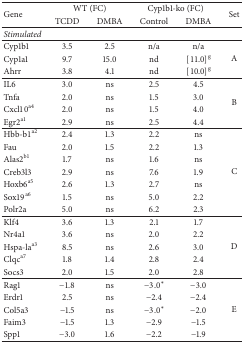
<table><thead><tr><td rowspan="2"><b>Gene</b></td><td colspan="2"><b>WT (FC)</b></td><td colspan="2"><b>Cyp1b1-ko (FC)</b></td><td rowspan="2"><b>Set</b></td></tr><tr><td><b>TCDD</b></td><td><b>DMBA</b></td><td><b>Control</b></td><td><b>DMBA</b></td></tr></thead><tbody><tr><td><i>Stimulated</i></td><td> </td><td> </td><td> </td><td> </td><td> </td></tr><tr><td>Cyp1b1</td><td>3.5</td><td>2.5</td><td>n/a</td><td>n/a</td><td rowspan="3">A</td></tr><tr><td>Cyp1a1</td><td>9.7</td><td>15.0</td><td>nd</td><td> [11.0]<sup>g</sup></td></tr><tr><td>Ahrr</td><td>3.8</td><td>4.1</td><td>nd</td><td> [10.0]<sup>g</sup></td></tr><tr><td>IL6</td><td>3.0</td><td>ns</td><td>2.5</td><td>4.5</td><td rowspan="4">B</td></tr><tr><td>Tnfa</td><td>2.0</td><td>ns</td><td>1.5</td><td>3.0</td></tr><tr><td>Cxcl10<sup>a4</sup></td><td>2.0</td><td>ns</td><td>1.5</td><td>4.0</td></tr><tr><td>Egr2<sup>a1</sup></td><td>2.9</td><td>ns</td><td>2.5</td><td>4.4</td></tr><tr><td>Hbb-b1<sup>a2</sup></td><td>2.4</td><td>1.3</td><td>2.2</td><td>ns</td><td rowspan="7">C</td></tr><tr><td>Fau</td><td>2.0</td><td>1.5</td><td>2.2</td><td>1.3</td></tr><tr><td>Alas2<sup>b1</sup></td><td>1.7</td><td>ns</td><td>1.6</td><td>ns</td></tr><tr><td>Creb3l3</td><td>2.9</td><td>ns</td><td>7.6</td><td>1.9</td></tr><tr><td>Hoxb6<sup>a5</sup></td><td>2.6</td><td>1.3</td><td>2.7</td><td>ns</td></tr><tr><td>Sox19<sup>a6</sup></td><td>1.5</td><td>ns</td><td>5.0</td><td>2.2</td></tr><tr><td>Polr2a</td><td>5.0</td><td>ns</td><td>6.2</td><td>2.3</td></tr><tr><td>Klf4</td><td>3.6</td><td>1.3</td><td>2.1</td><td>1.7</td><td rowspan="5">D</td></tr><tr><td>Nr4a1</td><td>3.6</td><td>ns</td><td>2.0</td><td>2.2</td></tr><tr><td>Hspa-la<sup>a3</sup></td><td>8.5</td><td>ns</td><td>2.6</td><td>3.0</td></tr><tr><td>Clqc<sup>a7</sup></td><td>1.8</td><td>1.4</td><td>2.8</td><td>2.4</td></tr><tr><td>Socs3</td><td>2.0</td><td>1.5</td><td>2.0</td><td>2.8</td></tr><tr><td>Rag1</td><td>−1.8</td><td>ns</td><td> −3.0<sup><i>∗</i></sup></td><td>−3.0</td><td rowspan="5">E</td></tr><tr><td>Erdr1</td><td>2.5</td><td>ns</td><td>−2.4</td><td>−2.4</td></tr><tr><td>Col5a3</td><td>−1.5</td><td>ns</td><td> −3.0<sup><i>∗</i></sup></td><td>−2.0</td></tr><tr><td>Faim3</td><td>−1.5</td><td>1.3</td><td>−2.9</td><td>−1.5</td></tr><tr><td>Spp1</td><td>−3.0</td><td>1.6</td><td>−2.2</td><td>−1.9</td></tr></tbody></table>